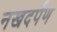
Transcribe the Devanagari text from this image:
नखदर्पण